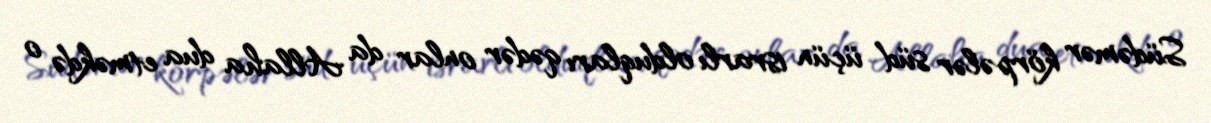
Südəmər körpələr süd üçün israrlı olduqları qədər onlar da Allaha dua etməkdə o